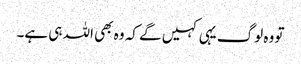
تو وہ لوگ یہی کہیں گے کہ وہ بھی اللہ ہی ہے۔